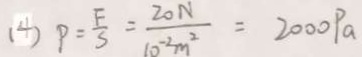
( 4 ) P = \frac { F } { S } = \frac { 2 0 N } { 1 0 ^ { - 2 } m ^ { 2 } } = 2 0 0 0 P a